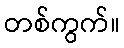
တစ်ကွက်။